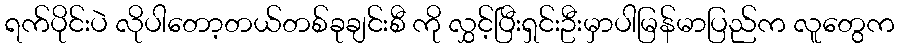
ရက်ပိုင်းပဲ လိုပါတော့တယ်တစ်ခုချင်းစီ ကို လွှင့်ပြီးရှင်းဦးမှာပါမြန်မာပြည်က လူတွေက